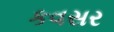
કવસર